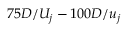
7 5 D / U _ { j } - 1 0 0 D / u _ { j }